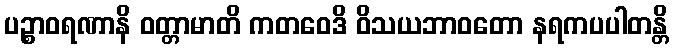
ပဉ္စာဝရဏာနိ ဝတ္တာမာတိ ကတဝေဒိ ဝိသယဘာဝတော နရကပပါတန္တိ